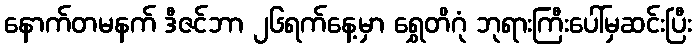
နောက်တမနက် ဒီဇင်ဘာ ၂၆ရက်နေ့မှာ ရွှေတိဂုံ ဘုရားကြီးပေါ်မှဆင်းပြီး